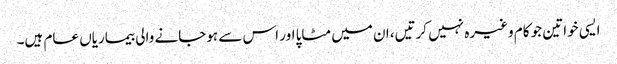
ایسی خواتین جو کام وغیرہ نہیں کرتیں، ان میں مٹاپا اور اس سے ہوجانے والی بیماریاں عام ہیں۔